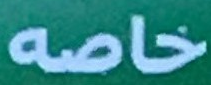
خاصه